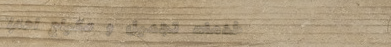
خدمات تجميل و مكياج احترا